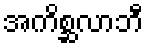
အကိစ္ဆလာဘီ